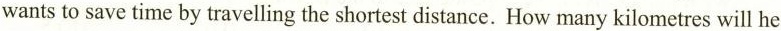
wantsto save time by travelling the shortest distance. How many kilometres will he